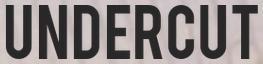
UNDERCUT